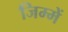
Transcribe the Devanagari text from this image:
जिम्में